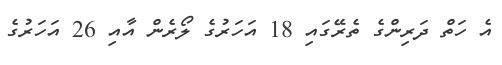
އެ ހަތް ދަރިންގެ ތެރޭގައި 18 އަހަރުގެ ލޯރެން އާއި 26 އަހަރުގެ